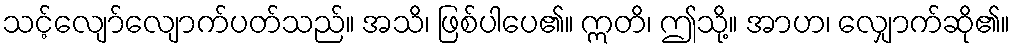
သင့်လျော်လျောက်ပတ်သည်။ အသိ၊ ဖြစ်ပါပေ၏။ ဣတိ၊ ဤသို့။ အာဟ၊ လျှောက်ဆို၏။